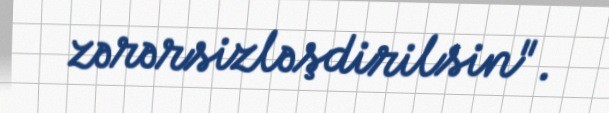
zərərsizləşdirilsin".